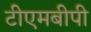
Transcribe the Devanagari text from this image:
टीएमबीपी